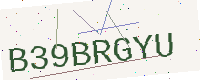
Text: B39BRGYU